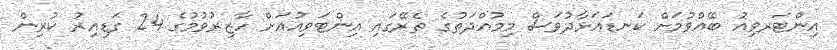
އިންޓަރވިއު ބޭއްވުމަށް ކަނޑައަޅާދުވަސް މިމުއްދަތުގެ ތެރޭގައި އިންޓަވިއުއަށް ހާޒިރުވުމުގެ 24 ގަޑިއިރު ކުރިން